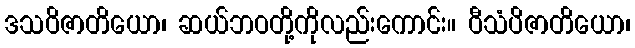
ဒသဝိဇာတိယော၊ ဆယ်ဘဝတို့ကိုလည်းကောင်း။ ဝီသံပိဇာတိယော၊